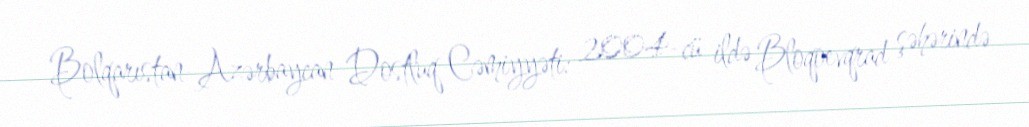
Bolqarıstan-Azərbaycan Dostluq Cəmiyyəti: 2004-cü ildə Bloqoevqrad şəhərində